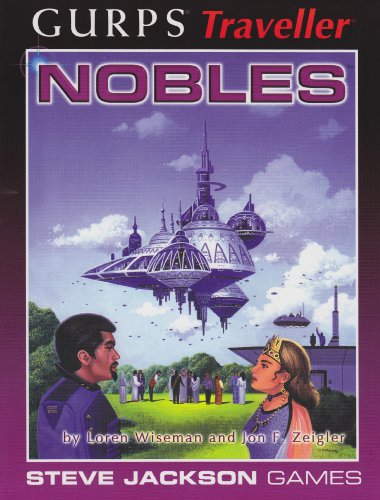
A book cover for GURPS Traveller Nobles; Loren Wiseman; Science Fiction & Fantasy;